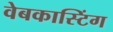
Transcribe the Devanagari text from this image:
वेबकास्टिंग